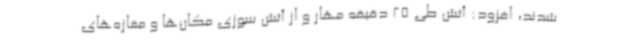
شدند، افزود: آتش طی 25 دقیقه مهار و از آتش سوزی مکان‌ها و مغازه‌های